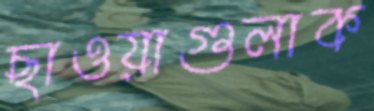
ছাওয়াগুলাক